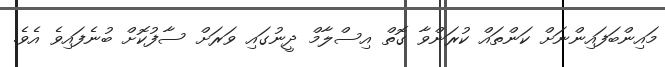
މައިންބަފައިންނަށް ކަންތައް ކުރަންވާ ގޮތް އިސްލާމް ދީނުގައި ވަރަށް ސާފުކޮށް ބުނެފައިވެ އެވެ.